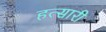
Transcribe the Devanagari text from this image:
हत्सारी